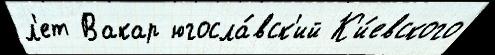
л'ет Вакар югосла́вск'ий К'и́евского